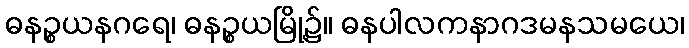
ဓနဉ္စယနဂရေ၊ ဓနဉ္စယမြို့၌။ ဓနပါလကနာဂဒမနသမယေ၊